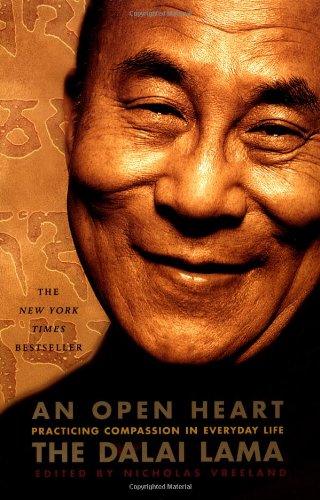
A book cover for An Open Heart: Practicing Compassion in Everyday Life; The Dalai Lama; Politics & Social Sciences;